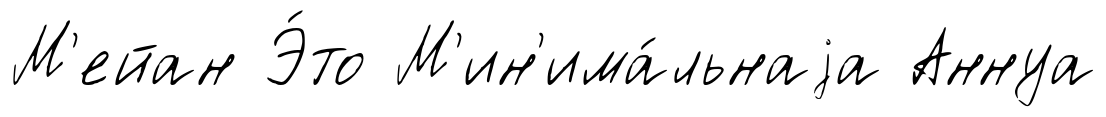
М'ейан Э́то М'ин'има́льнаjа Аннуа